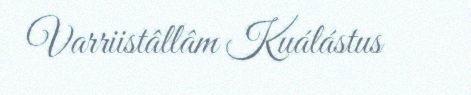
Varriistâllâm Kuálástus